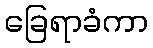
ခြေရာခံကာ